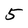
Character: 5